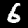
Label: 6